65_HS1-834228961_62-HQ-83894_Serial_130
Agency: FBI
Page 84
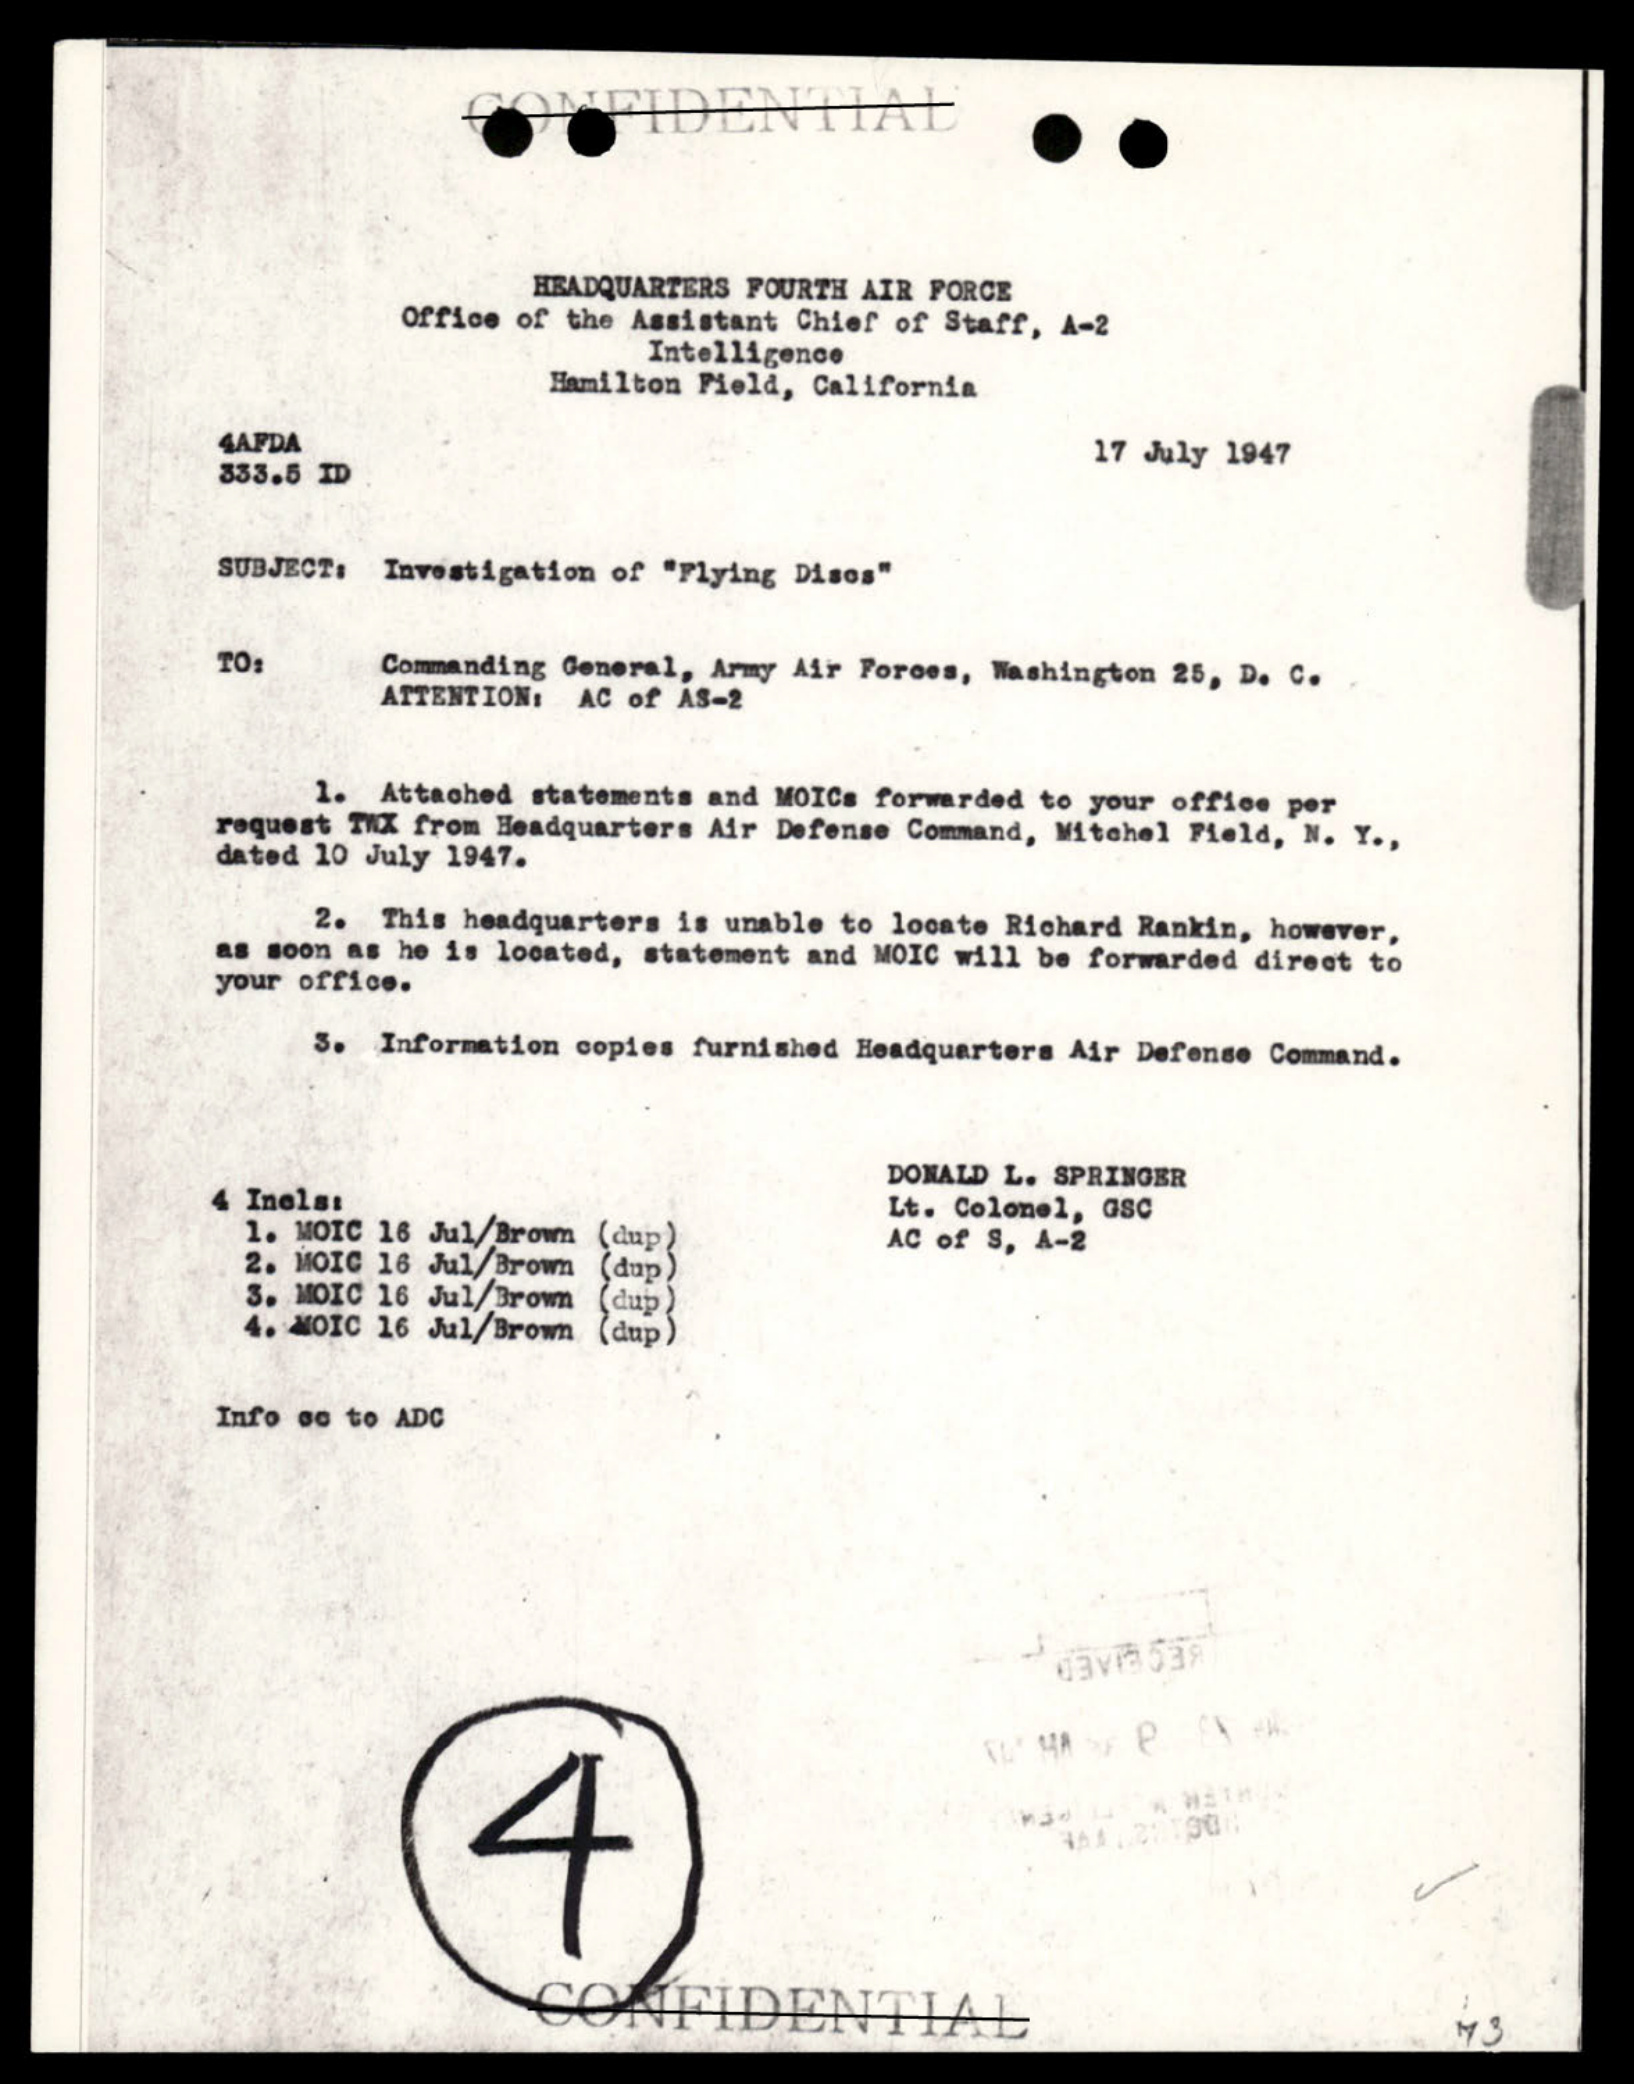